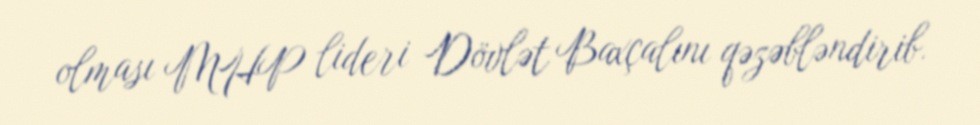
olması MHP lideri Dövlət Baxçalını qəzəbləndirib.